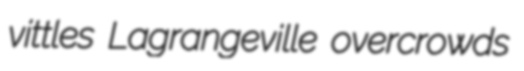
vittles Lagrangeville overcrowds